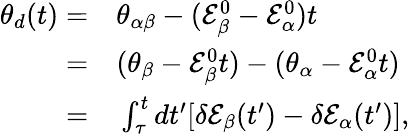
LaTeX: \begin{array}{rl}{\theta_{d}(t)=}&{{}\theta_{\alpha\beta}-(\mathcal{E}_{\beta}^{0}-\mathcal{E}_{\alpha}^{0})t}\\ {=}&{{}(\theta_{\beta}-\mathcal{E}_{\beta}^{0}t)-(\theta_{\alpha}-\mathcal{E}_{\alpha}^{0}t)}\\ {=}&{{}\int_{\tau}^{t}dt^{\prime}[\delta\mathcal{E}_{\beta}(t^{\prime})-\delta\mathcal{E}_{\alpha}(t^{\prime})],}\end{array}